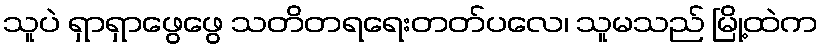
သူပဲ ရှာရှာဖွေဖွေ သတိတရရေးတတ်ပလေ၊ သူမသည် မြို့ထဲက